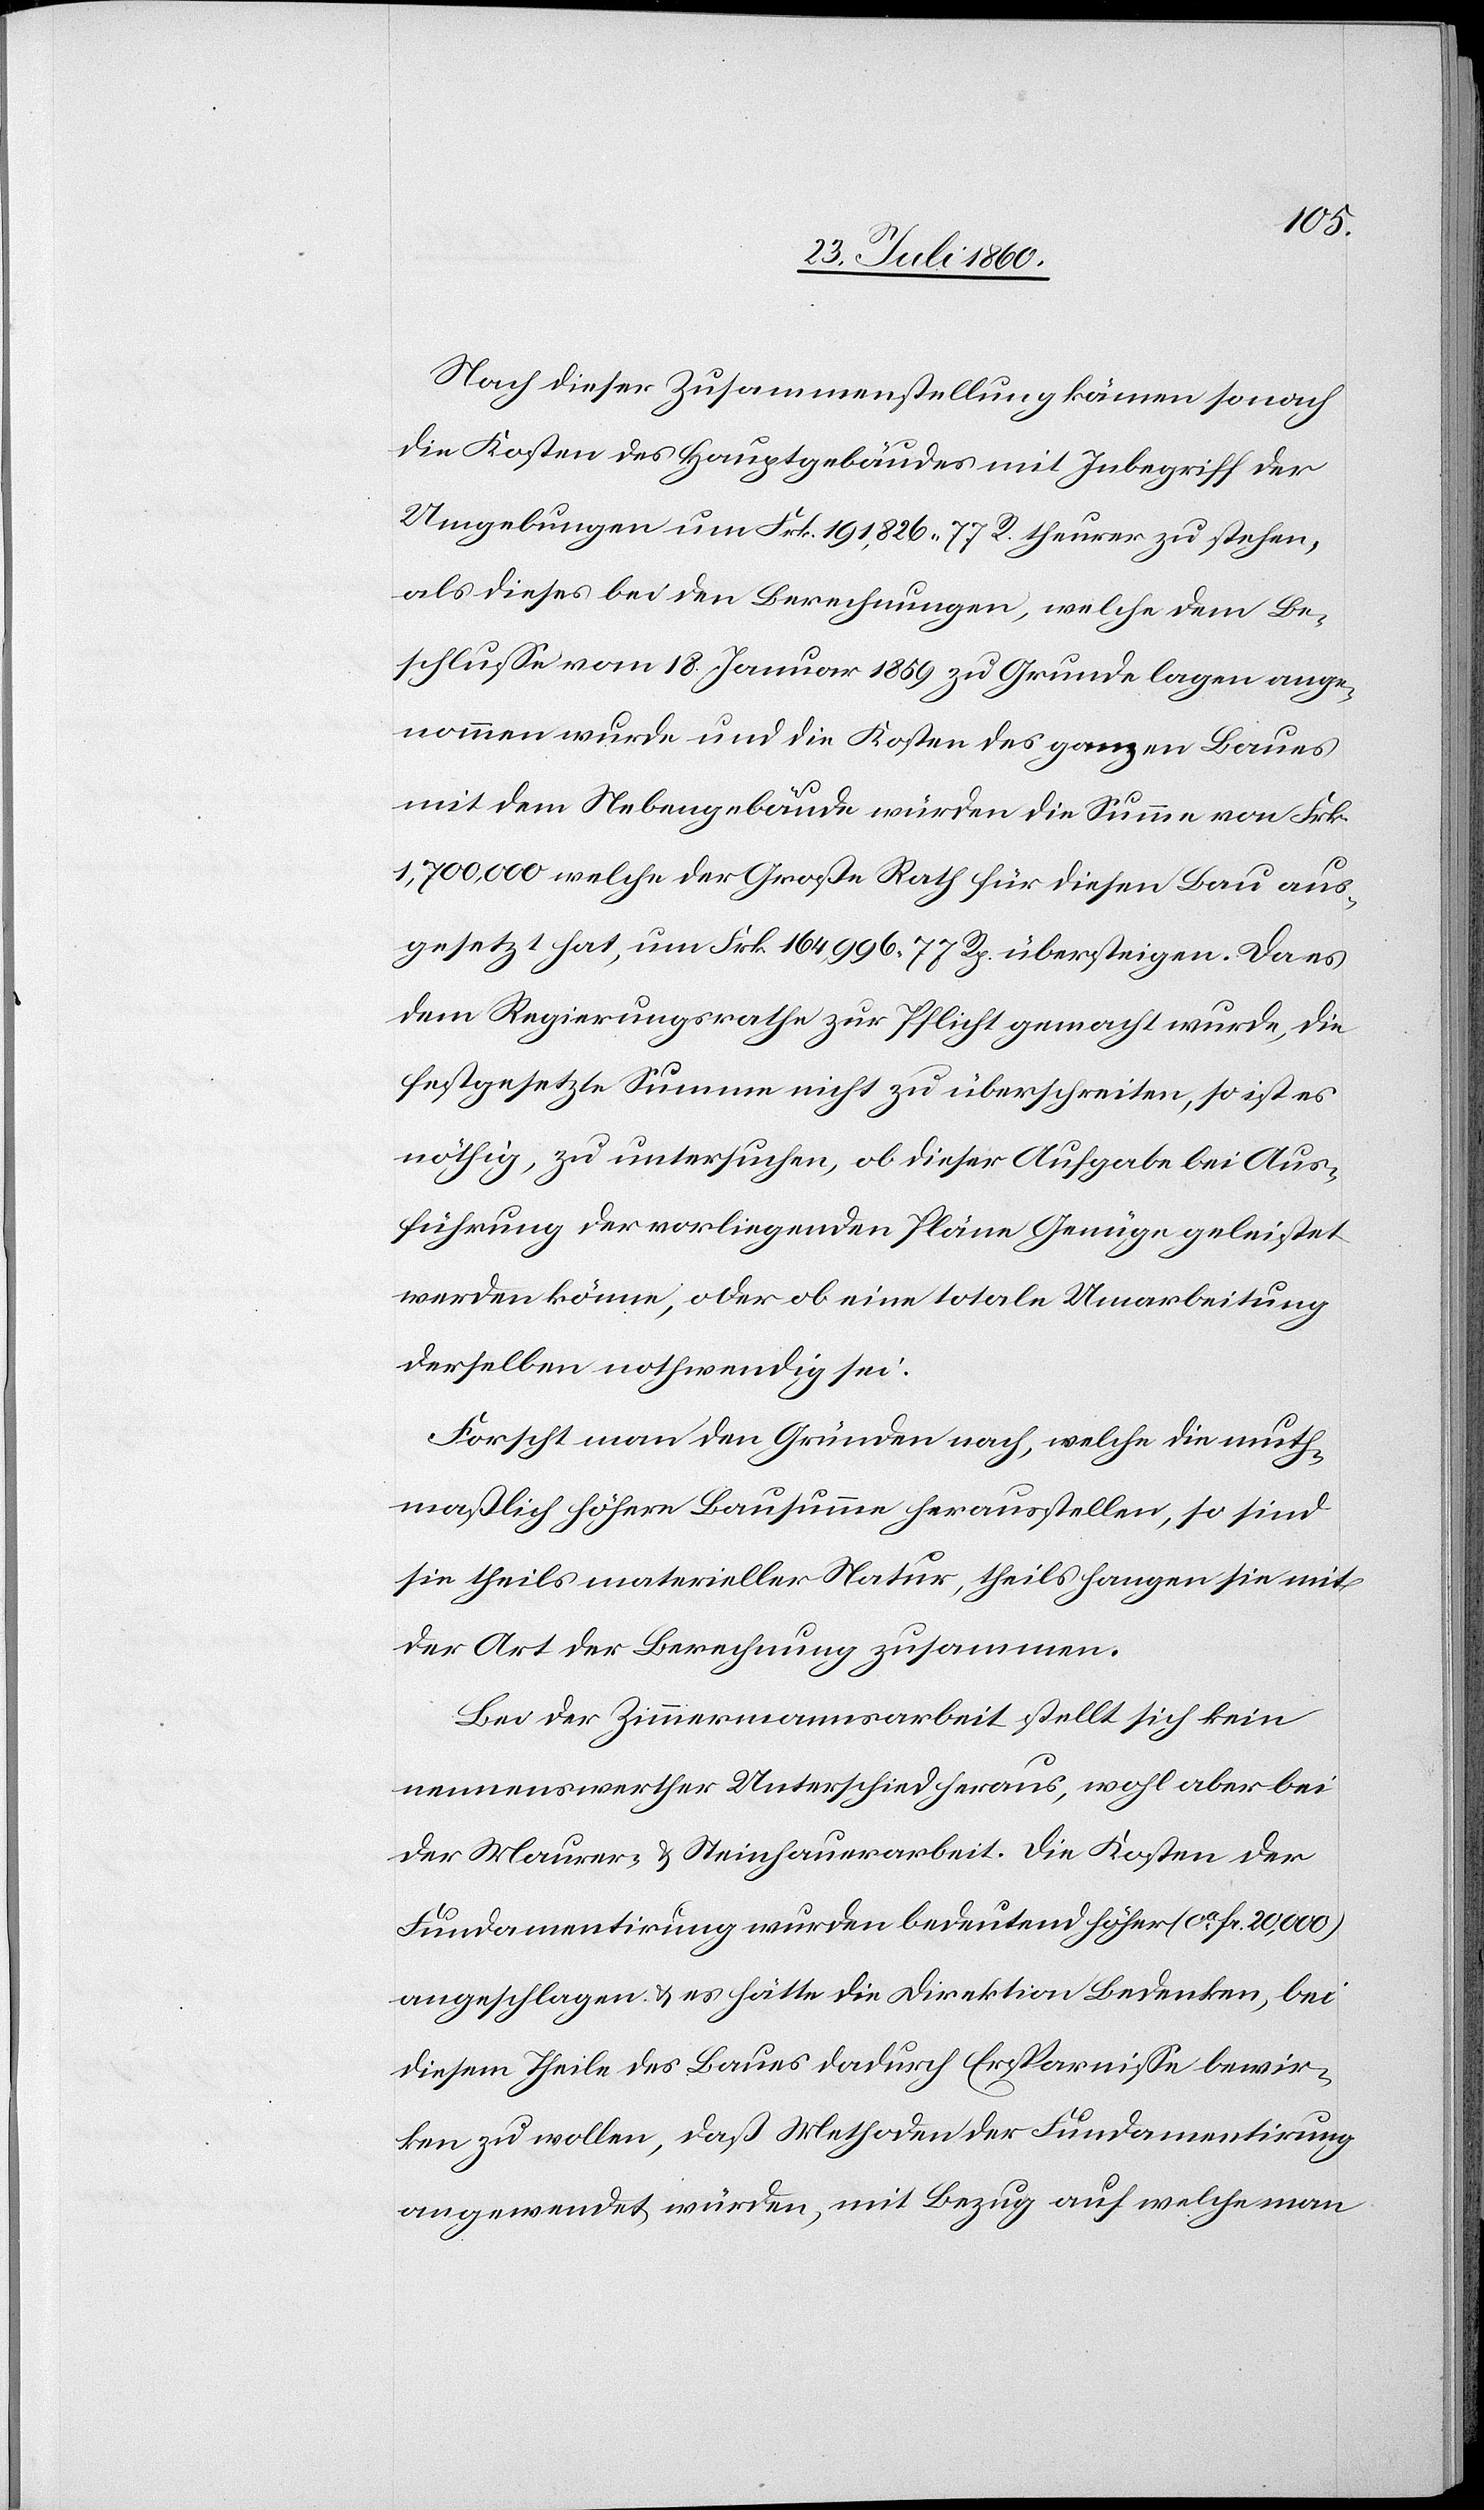
Nach dieser Zusammenstellung kämen sonach
die Kosten des Hauptgebäudes mit Inbegriff der
Umgebungen um fcs. 191,826. 77C theurer zu stehen,
als dieses bei den Berechnungen, welche dem Be¬
schlusse vom 18. Jenner 1859 zu Grunde lagen, ange¬
nommen wurde und die Kosten des ganzen Baues
mit dem Nebengebäude würden die Summe von fcs.
1,700,000 welche der Grosse Rath für diesen Bau aus¬
gesetzt hat, um fcs. 164,996. 77 übersteigen. Da es
dem Regierungsrathe zur Pflicht gemacht wurde, die
festgesetzte Summe nicht zu überschreiten, so ist es
nöthig, zu untersuchen, ob dieser Aufgabe bei Aus¬
führung der vorliegenden Pläne Genüge geleistet
werden könne, oder ob eine Umarbeitung
derselben nothwendig sei.
Forscht man den Gründen nach, welche die muth¬
masslich höhere Bausumme herausstellen, so sind
sie theils materieller Natur, theils fangen sie mit
der Art der Berechnung zusammen.
Bei der Zimmermannsarbeit stellt sich kein
nennenswerther Unterschied heraus, wohl aber bei
der Maurer- u. Steinhauerarbeit. Die Kosten der
Fundamentirung wurden bedeutend höher (ca fc. 20,000)
angeschlagen u. es hätte die Direktion Bedenken, bei
diesem Theile des Baues dadurch Ersparnisse bewir¬
ken zu wollen, daß Methoden der Fundamentirung
angewendet würden, mit Bezug auf welche